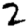
Digit: 2